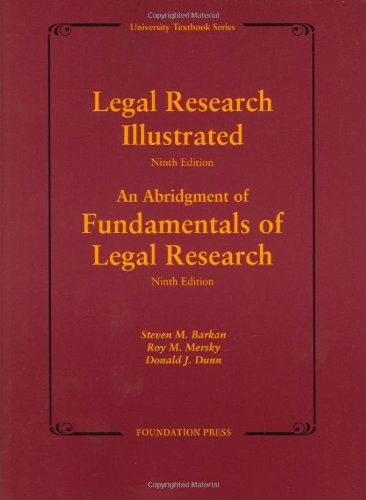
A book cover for Legal Research Illustrated 9th Edition (University Textbook Series); Steven Barkan; Law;